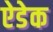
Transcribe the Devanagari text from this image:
ऐडेक